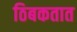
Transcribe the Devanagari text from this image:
ठिबकतात